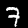
Digit: 7